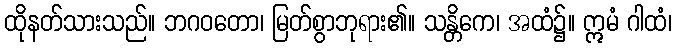
ထိုနတ်သားသည်။ ဘဂဝတော၊ မြတ်စွာဘုရား၏။ သန္တိကေ၊ အထံ၌။ ဣမံ ဂါထံ၊